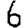
Digit: 6